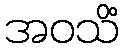
အဝသိံ